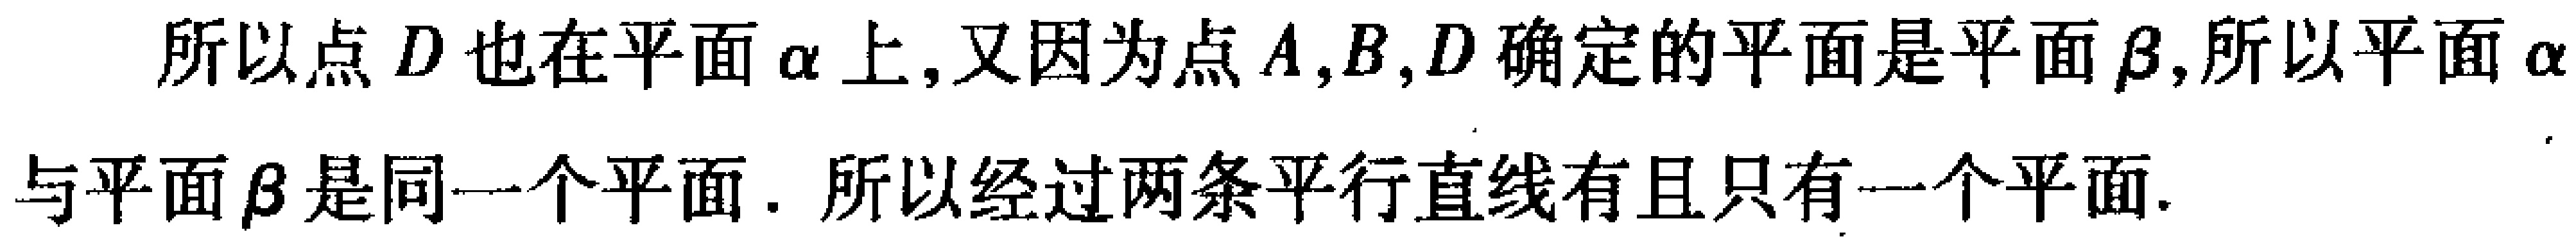
所以点\(D\)也在平面\(\alpha\)上,又因为点\(A,B,D\)确定的平面是平面\(\beta\),所以平面\(\alpha\)与平面\(\beta\)是同一个平面. 所以经过两条平行直线有且只有一个平面.